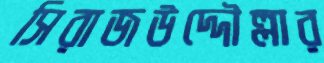
সিরাজউদ্দৌল্লার